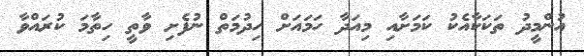
އުންމީދު ތަކަކާއެކު ކަމަށާއި މިއަދާ ހަމައަށް ހިދުމަތް ނުފެށި ވާތީ ހިތާމަ ކުރައްވާ